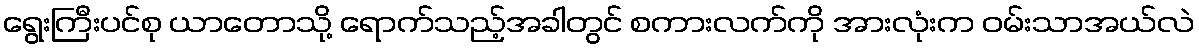
ရွေးကြီးပင်စု ယာတောသို့ ရောက်သည့်အခါတွင် စကားလက်ကို အားလုံးက ဝမ်းသာအယ်လဲ